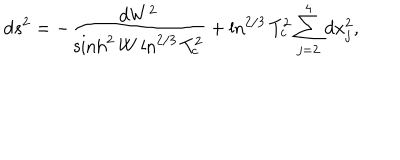
LaTeX: d s ^ { 2 } = - \frac { d W ^ { 2 } } { \sinh ^ { 2 } W \ln ^ { 2 / 3 } T _ { c } ^ { 2 } } + \ln ^ { 2 / 3 } T _ { c } ^ { 2 } \sum _ { j = 2 } ^ { 4 } d x _ { j } ^ { 2 } ,